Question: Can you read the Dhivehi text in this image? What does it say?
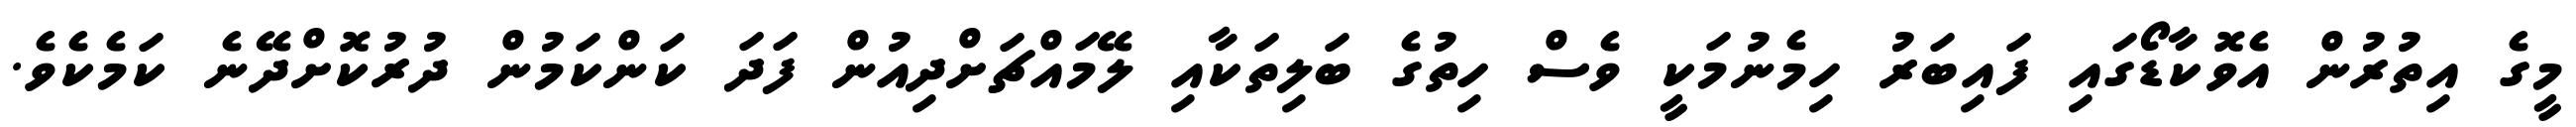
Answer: މީގެ އިތުރުން އެވޮކާޑޯގައި ފައިބަރު ހިމެނުމަކީ ވެސް ހިތުގެ ބަލިތަކާއި ލޭމައްޗަށްދިއުން ފަދަ ކަންކަމުން ދުރުކޮށްދޭނެ ކަމެކެވެ.